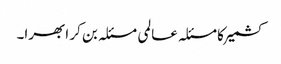
کشمیر کا مسئلہ عالمی مسئلہ بن کر ابھرا۔